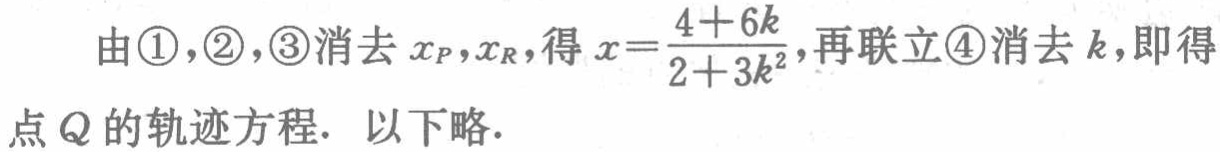
由\textcircled{1},\textcircled{2},\textcircled{3}消去 \(x_P,x_R\)，得 \(x = \frac{4 + 6k}{2 + 3k^2}\)，再联立\textcircled{4}消去 \(k\)，即得点 \(Q\) 的轨迹方程. 以下略.